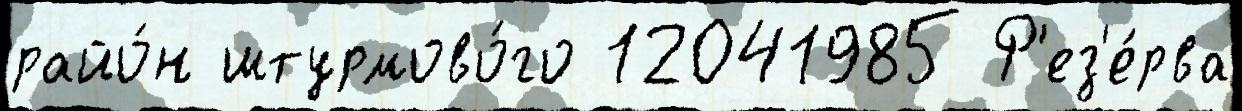
райо́н штурмово́го 12041985 Р'ез'е́рва